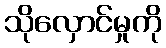
သိုလှောင်မှုကို